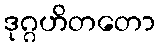
ဒုဂ္ဂဟိတတော